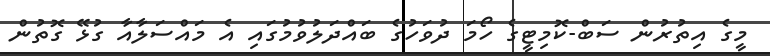
މީގެ އިތުރުން ސަބް-ކޮމިޓީގެ ހޯމަ ދުވަހުގެ ބައްދަލުވުމުގައި އެ މައްސަލާއާ ގުޅޭ ގޮތުން